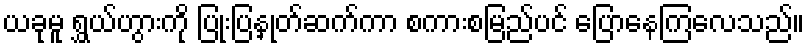
ယခုမူ ရွှယ်ဟွားကို ပြုံးပြနှုတ်ဆက်ကာ စကားစမြည်ပင် ပြောနေကြလေသည်။